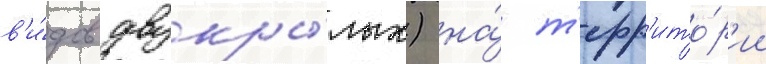
в'и́дов двукры́лых) на́ т'ерр'ито́р'ии